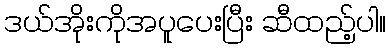
ဒယ်အိုးကိုအပူပေးပြီး ဆီထည့်ပါ။